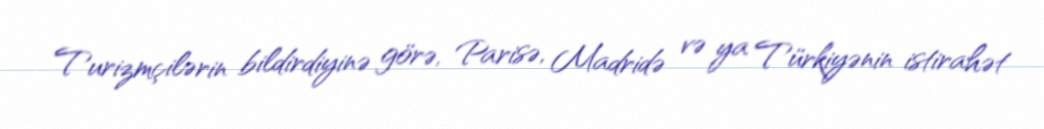
Turizmçilərin bildirdiyinə görə, Parisə, Madridə və ya Türkiyənin istirahət